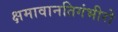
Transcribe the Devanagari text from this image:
क्षमावानतिगंभीरो